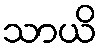
သာယိ